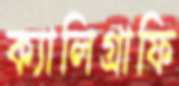
ক্যালিগ্রাফি